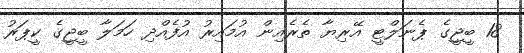
18 ބީޖީގެ ޕެނަލްޓީ އޭރިޔާ ތެރެއިން އުމައިރު އުފެއްދި ހަމަލާ ބީޖީގެ ކީޕަރު